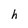
Character: h